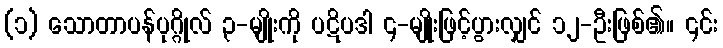
(၁) သောတာပန်ပုဂ္ဂိုလ် ၃-မျိုးကို ပဋိပဒါ ၄-မျိုးဖြင့်ပွားလျှင် ၁၂-ဦးဖြစ်၏။ ၎င်း